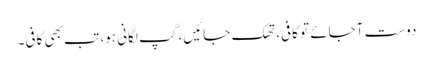
دوست آجائے تو کافی، تھک جائیں، گپ لگانی ہو، تب بھی کافی۔